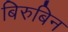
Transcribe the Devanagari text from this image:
बिरुबिन